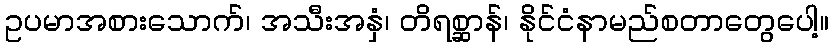
ဥပမာအစားသောက်၊ အသီးအနှံ၊ တိရစ္ဆာန်၊ နိုင်ငံနာမည်စတာတွေပေါ့။